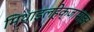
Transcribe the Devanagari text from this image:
मिथाइलहेक्जामाइन